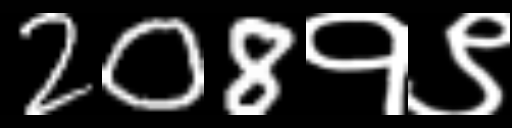
Text: 208१९